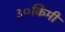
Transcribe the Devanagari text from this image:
३०किमी